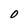
Character: O